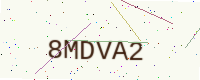
Text: 8MDVA2